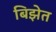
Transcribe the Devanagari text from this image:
बिझेत